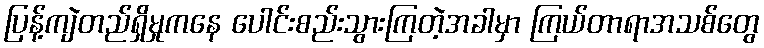
ပြန့်ကျဲတည်ရှိမှုကနေ ပေါင်းစည်းသွားကြတဲ့အခါမှာ ကြယ်တာရာအသစ်တွေ